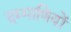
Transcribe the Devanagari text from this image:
दम्माणियों